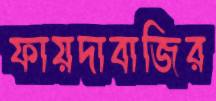
ফায়দাবাজির